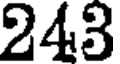
243